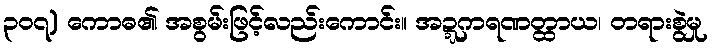
၃၀၇) ကောဓ၏ အစွမ်းဖြင့်လည်းကောင်း။ အဍ္ဍကရဏတ္ထာယ၊ တရားစွဲမှု